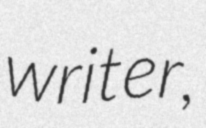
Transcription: writer,